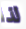
لذا